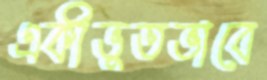
একীভূতভাবে